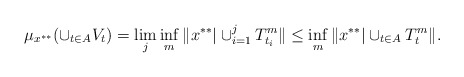
\begin{align*}\mu_{x^{**}}(\cup_{t\in A}V_t)=\lim_j\inf_m\|x^{**}|\cup_{i=1}^jT_{t_i}^m\|\leq\inf_m\|x^{**}|\cup_{t\in A}T_t^m\|.\end{align*}